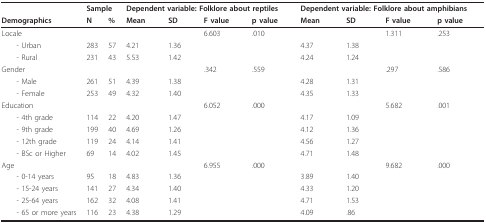
<table><thead><tr><td></td><td colspan="2"><b>Sample</b></td><td colspan="4"><b>Dependent variable: Folklore about reptiles</b></td><td colspan="4"><b>Dependent variable: Folklore about amphibians</b></td></tr><tr><td><b>Demographics</b></td><td><b>N</b></td><td><b>%</b></td><td><b>Mean</b></td><td><b>SD</b></td><td><b>F value</b></td><td><b>p value</b></td><td><b>Mean</b></td><td><b>SD</b></td><td><b>F value</b></td><td><b>p value</b></td></tr></thead><tbody><tr><td>Locale</td><td></td><td></td><td></td><td></td><td>6.603</td><td>.010</td><td></td><td></td><td>1.311</td><td>.253</td></tr><tr><td> - Urban</td><td>283</td><td>57</td><td>4.21</td><td>1.36</td><td></td><td></td><td>4.37</td><td>1.38</td><td></td><td></td></tr><tr><td> - Rural</td><td>231</td><td>43</td><td>5.53</td><td>1.42</td><td></td><td></td><td>4.24</td><td>1.24</td><td></td><td></td></tr><tr><td>Gender</td><td></td><td></td><td></td><td></td><td>.342</td><td>.559</td><td></td><td></td><td>.297</td><td>.586</td></tr><tr><td> - Male</td><td>261</td><td>51</td><td>4.39</td><td>1.38</td><td></td><td></td><td>4.28</td><td>1.31</td><td></td><td></td></tr><tr><td> - Female</td><td>253</td><td>49</td><td>4.32</td><td>1.40</td><td></td><td></td><td>4.35</td><td>1.33</td><td></td><td></td></tr><tr><td>Education</td><td></td><td></td><td></td><td></td><td>6.052</td><td>.000</td><td></td><td></td><td>5.682</td><td>.001</td></tr><tr><td> - 4th grade</td><td>114</td><td>22</td><td>4.20</td><td>1.47</td><td></td><td></td><td>4.17</td><td>1.09</td><td></td><td></td></tr><tr><td> - 9th grade</td><td>199</td><td>40</td><td>4.69</td><td>1.26</td><td></td><td></td><td>4.12</td><td>1.36</td><td></td><td></td></tr><tr><td> - 12th grade</td><td>119</td><td>24</td><td>4.14</td><td>1.41</td><td></td><td></td><td>4.56</td><td>1.27</td><td></td><td></td></tr><tr><td> - BSc or Higher</td><td>69</td><td>14</td><td>4.02</td><td>1.45</td><td></td><td></td><td>4.71</td><td>1.48</td><td></td><td></td></tr><tr><td>Age</td><td></td><td></td><td></td><td></td><td>6.955</td><td>.000</td><td></td><td></td><td>9.682</td><td>.000</td></tr><tr><td> - 0-14 years</td><td>95</td><td>18</td><td>4.83</td><td>1.36</td><td></td><td></td><td>3.89</td><td>1.40</td><td></td><td></td></tr><tr><td> - 15-24 years</td><td>141</td><td>27</td><td>4.34</td><td>1.40</td><td></td><td></td><td>4.33</td><td>1.20</td><td></td><td></td></tr><tr><td> - 25-64 years</td><td>162</td><td>32</td><td>4.08</td><td>1.41</td><td></td><td></td><td>4.71</td><td>1.53</td><td></td><td></td></tr><tr><td> - 65 or more years</td><td>116</td><td>23</td><td>4.38</td><td>1.29</td><td></td><td></td><td>4.09</td><td>.86</td><td></td><td></td></tr></tbody></table>